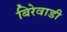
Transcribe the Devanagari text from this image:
बिरेवाडी